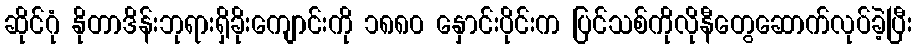
ဆိုင်ဂုံ နိုတာဒိန်းဘုရားရှိခိုးကျောင်းကို ၁၈၈၀ နှောင်းပိုင်းက ပြင်သစ်ကိုလိုနီတွေဆောက်လုပ်ခဲ့ပြီး